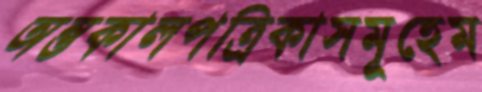
অন্তকালপত্রিকাসমূহেম